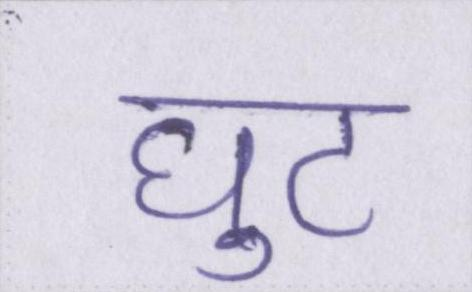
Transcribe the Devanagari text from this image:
घुट